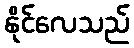
နိုင်လေသည်